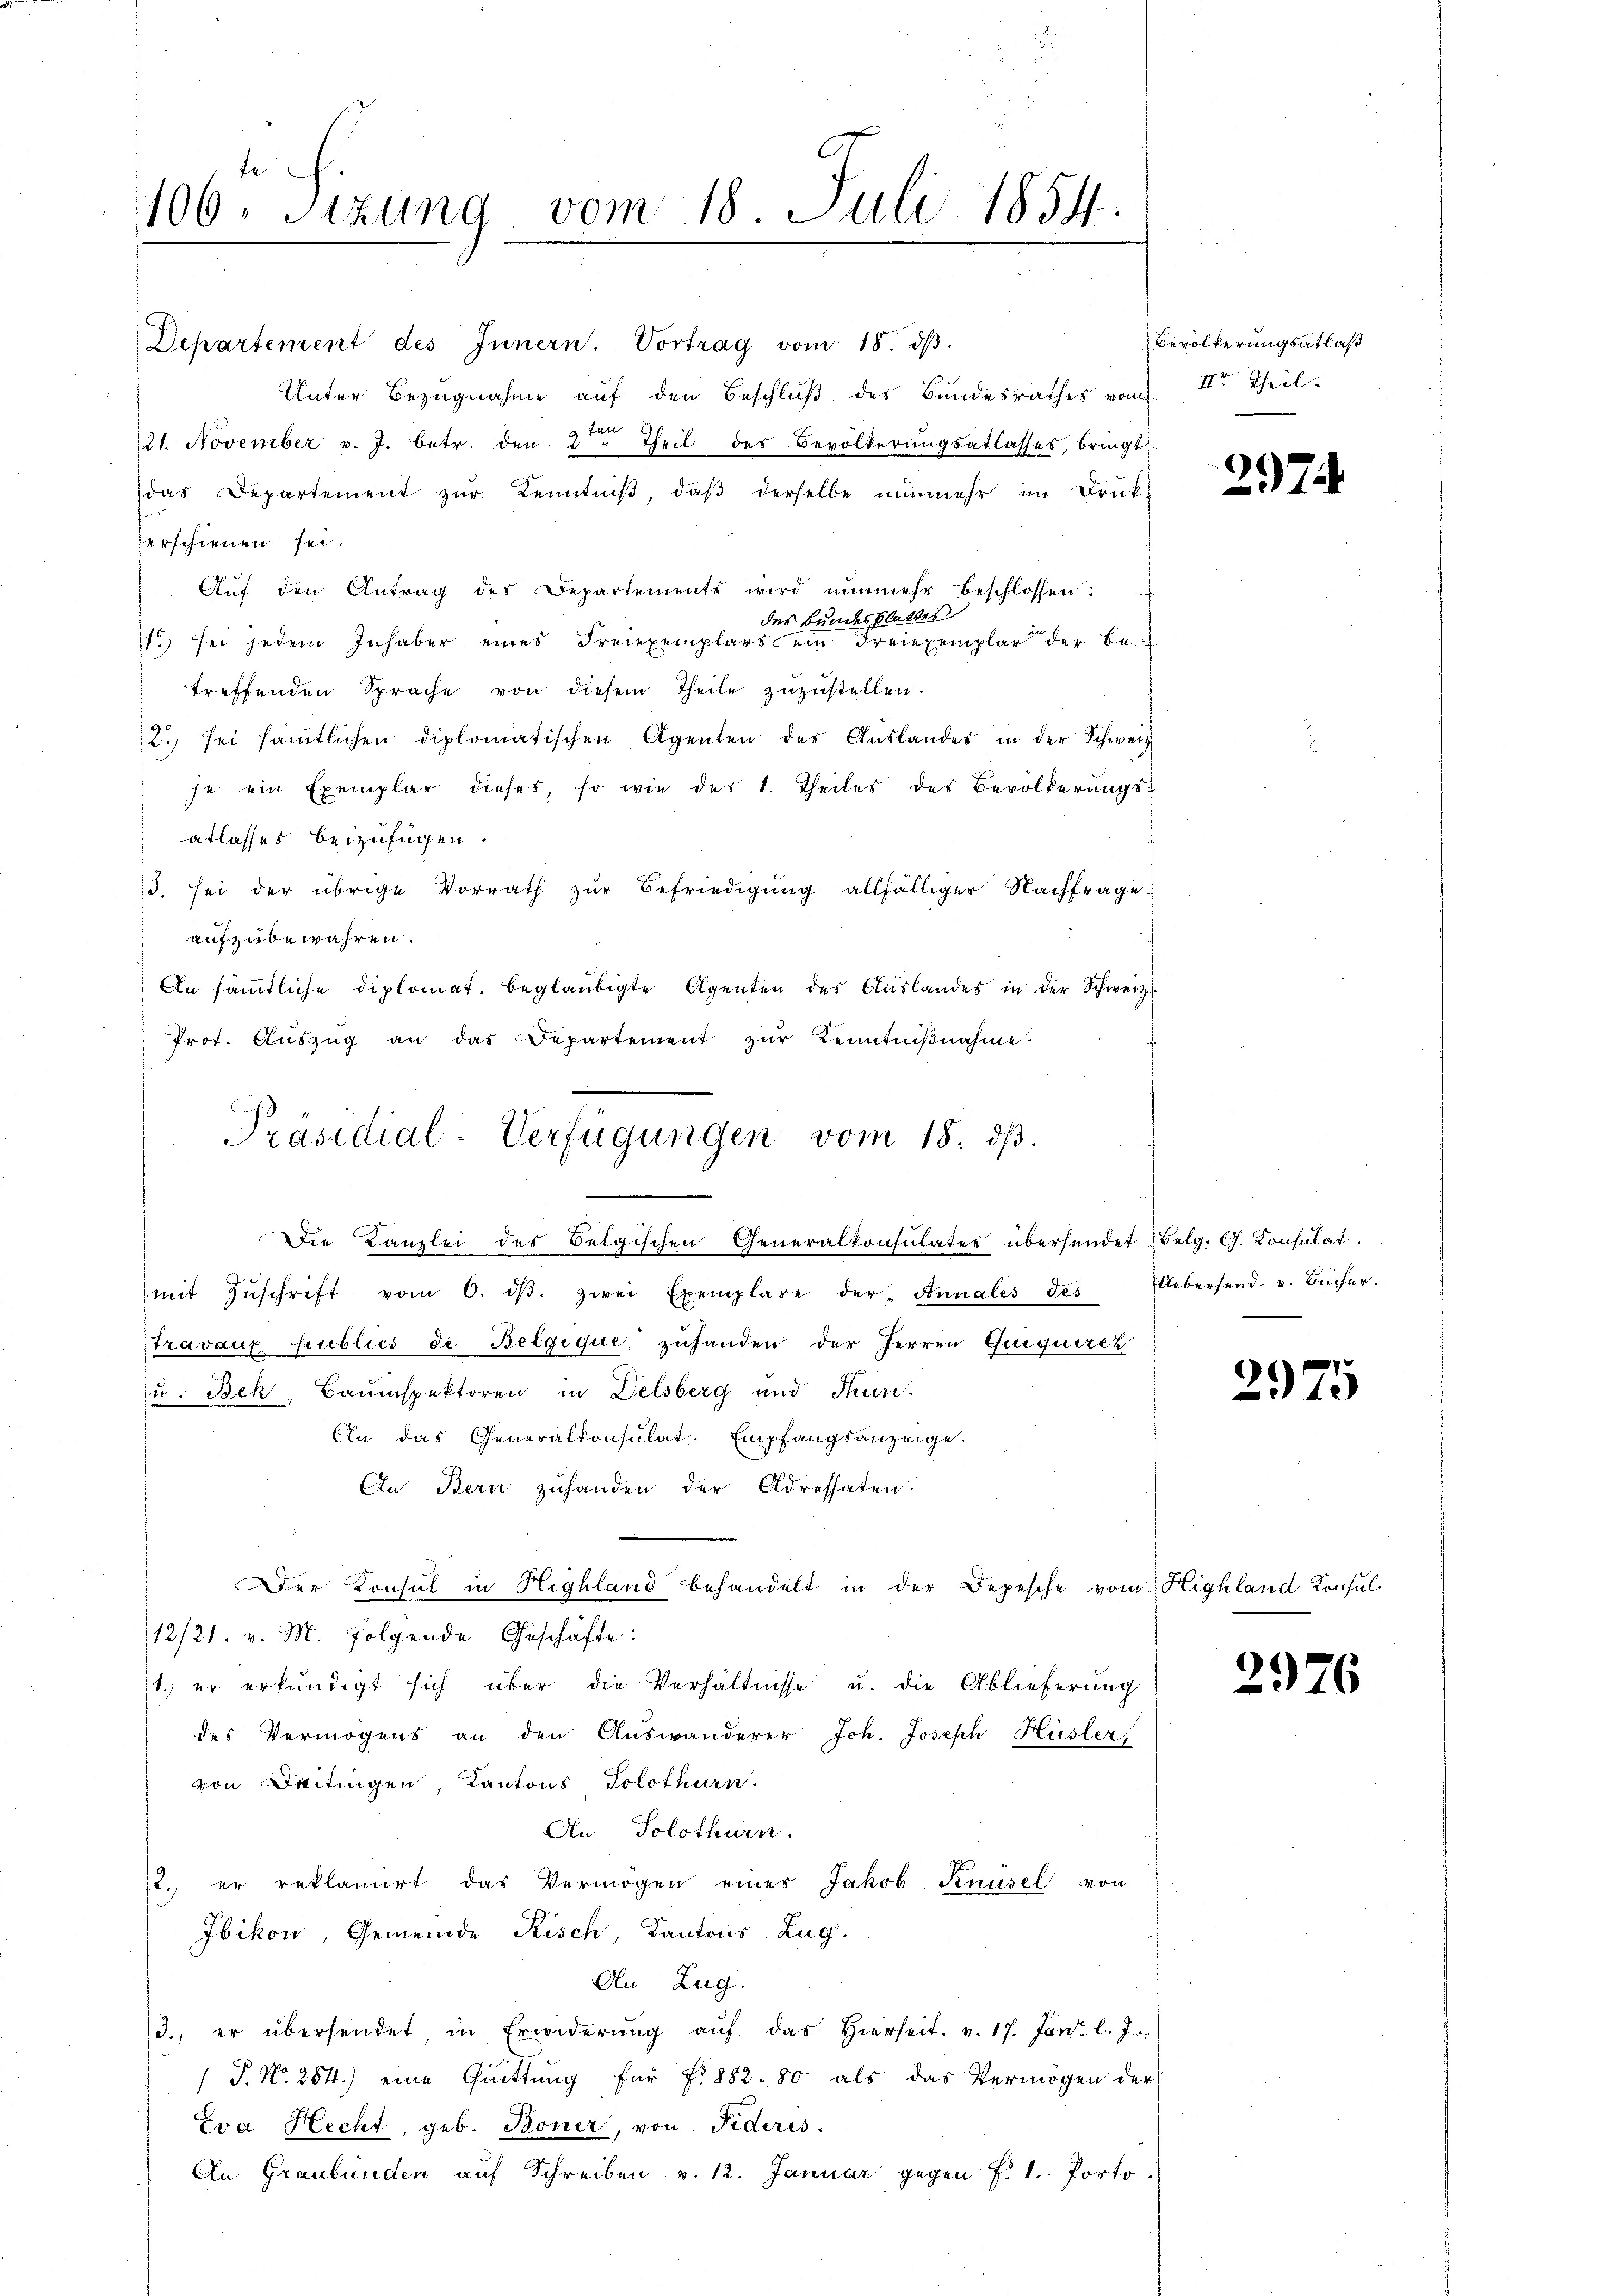
106. Sizung vom 18. Juli 1854.

Departement des Innern. Vortrag vom 18. dβ.
Unter Bezugnahme auf den Beschluß des Bundesrathes vom
221. November v. J. betr. den 2 Theil des Bevölkerungsatlasses, bringt
das Departement zur Kenntniß, daβ derselbe nunmehr im Drückerschienen sei.
Aŭf den Antrag des Departements wird nŭnmehr beschlossen:
des Bundesblattes
1.) sei jedem Inhaber eines Freiexemplars ein Freiexemplar der Betreffenden Sprache von diesem Theile zŭzŭstellen.
2. sei sämmtlichen diplomatischen Agenten des Auslandes in der Schweiz
je ein Exemplar dieses, so wie des 1. Theiles des Bevölkerungsatlasses beizufügen.
3. sei der übrige Vorrath zŭr Befriedigŭng allfälliger Nachfrage
aufzubewahren.
An sämmtliche diplomat. beglaubigte Agenten des Auslandes in der Schweiz.
Prot. Aŭszŭg an das Departement zŭr Kenntniβnahme.
mit Zŭschrift vom 6. dβ. zwei Exemplare der Annales Tes
Travaux publics de Belgique, zuhanden der Herren Quiquerer
zu. Bek, Bauinspektoren in Delsberg und Thun.
An das Generalkonsulat. Empfangsanzeige.
An Bern zuhanden der Adressaten.
Der Konsul in Highland behandelt in der Depesche vom Highland Konsul¬
12/21. v. M. folgende Geschäfte:
1. er erkundigt sich über die Verhältnisse u. die Ablieferung
des Vermögens an den Auswanderer Joh. Joseph Hüsler
von eitingen, Kantons Solothurn.
An Solothurn.
t. er reklamirt das Vermögen eines Jakob Knüsel von
Ibikon, Gemeinde Risch Kantons Zug.
An Zug.
3., er übersendet in Erwiderŭng aŭf das hierseit v. 17. Jan. l. J.
P. Nr. 284.) eine Quittung für f. 882. 80 als das Vermögen der
Zva Hecht, geb. Boner, von Fideris
An Graubünden auf Schreiben v. 12. Januar gegen f. 1. Porto

Präsidial-Verfügungen vom 18. dβ.
die Kanzlei des Belgischen Generalkonsulates übersendet (Belg. G. Consulat

Bevölkerungsatlaß
IIre Theil.

297.

Uebersend u. Bücher.

2975

2976